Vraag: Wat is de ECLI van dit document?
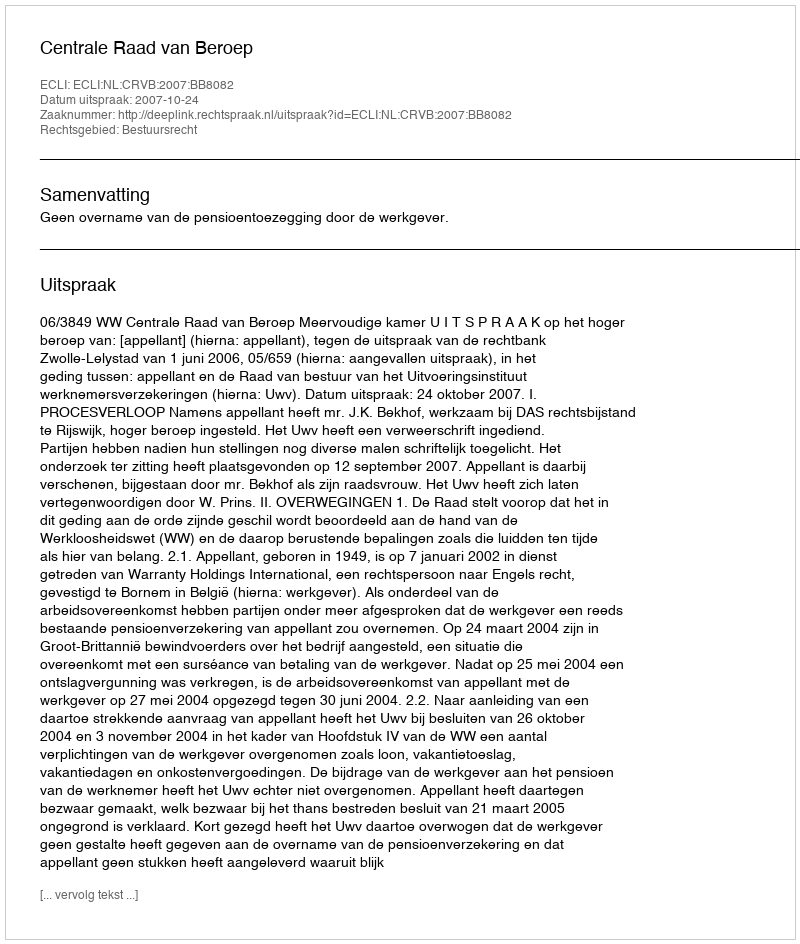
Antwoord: ECLI:NL:CRVB:2007:BB8082